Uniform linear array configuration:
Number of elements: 64
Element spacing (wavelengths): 0.25
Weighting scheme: kaiser
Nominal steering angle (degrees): -45
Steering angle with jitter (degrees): -45.403
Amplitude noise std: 0.05
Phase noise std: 0.05

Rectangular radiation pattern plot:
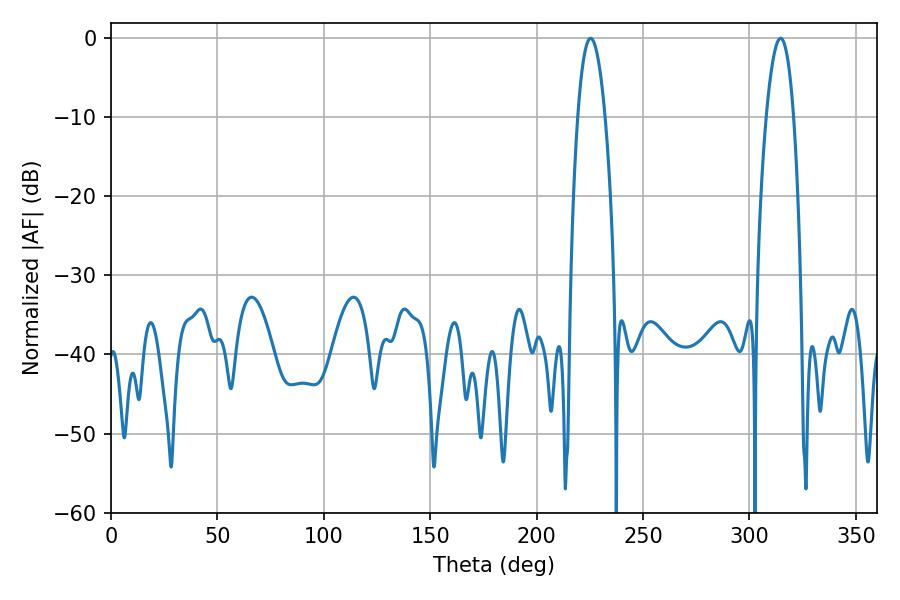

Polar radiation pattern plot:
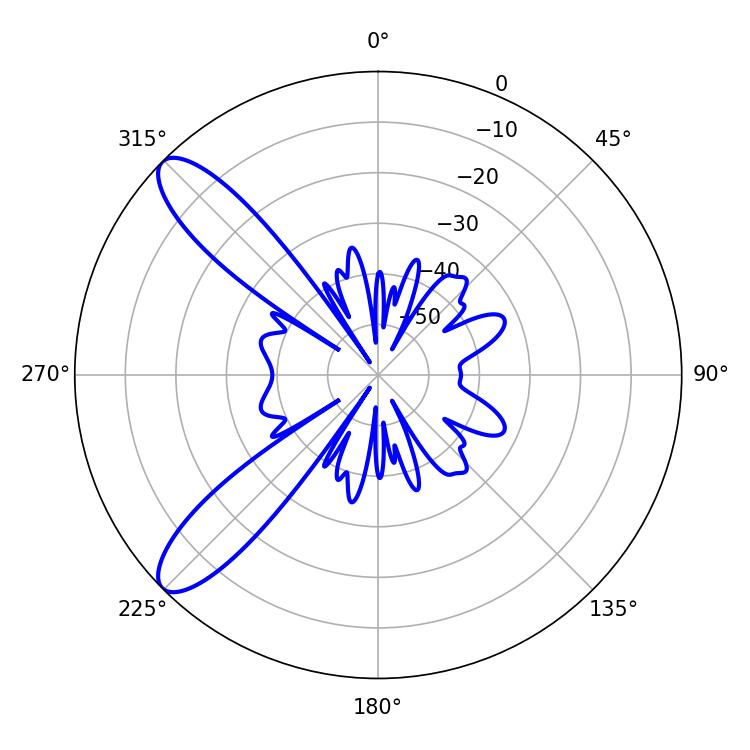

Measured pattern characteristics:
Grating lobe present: FALSE
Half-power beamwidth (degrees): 7.02
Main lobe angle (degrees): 225.36